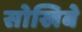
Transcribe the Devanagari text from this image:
सोखिबे